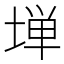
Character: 𫮃